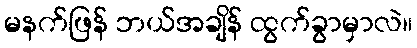
မနက်ဖြန် ဘယ်အချိန် ထွက်ခွာမှာလဲ။